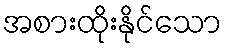
အစားထိုးနိုင်သော